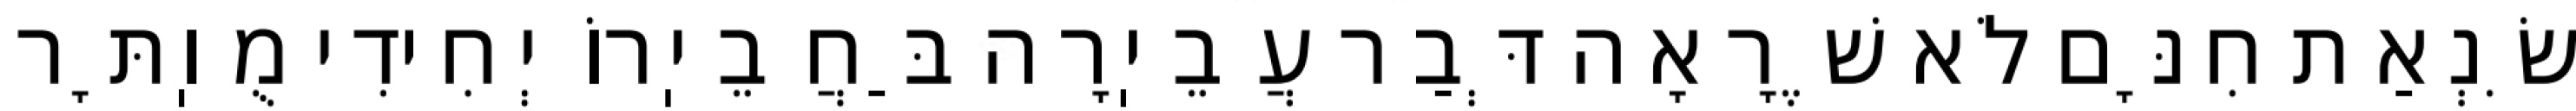
שִׂנְאַת חִנָּם לֹא שֶׁרָאָה דְּבַר עֲבֵיֽרָה בַּחֲבֵיֽרוֹ יְחִידִי מֻוֽתָּר